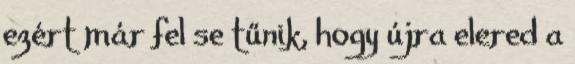
ezért már fel se tűnik, hogy újra elered a